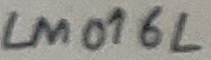
Text: LM016L